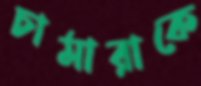
চামারাকে